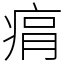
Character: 㾓